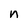
Character: n